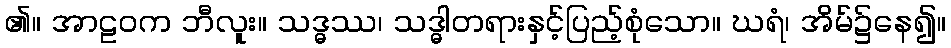
၏။ အာဠဝက ဘီလူး။ သဒ္ဓဿ၊ သဒ္ဓါတရားနှင့်ပြည့်စုံသော။ ဃရံ၊ အိမ်၌နေ၍။